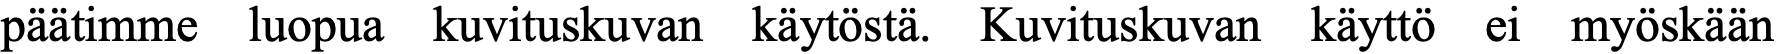
päätimme luopua kuvituskuvan käytöstä. Kuvituskuvan käyttö ei myöskään